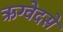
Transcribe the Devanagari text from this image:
ऋग्वेदसे